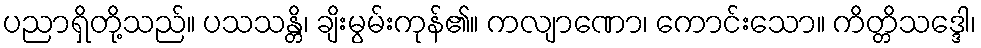
ပညာရှိတို့သည်။ ပသသန္တိ၊ ချိးမွမ်းကုန်၏။ ကလျာဏော၊ ကောင်းသော။ ကိတ္တိသဒ္ဒေါ၊